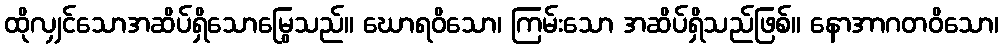
ထိုလျှင်သောအဆိပ်ရှိသောမြွေသည်။ ဃောရဝိသော၊ ကြမ်းသော အဆိပ်ရှိသည်ဖြစ်။ နောအာဂတဝိသော၊